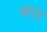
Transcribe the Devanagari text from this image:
कस्तुर